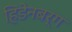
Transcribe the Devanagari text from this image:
हिडेनबर्ग